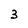
Character: 3